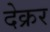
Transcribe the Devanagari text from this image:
देक्रर